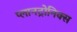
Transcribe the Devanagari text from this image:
प्लानट्रोनिक्स